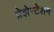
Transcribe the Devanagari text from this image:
प्रेझेन्टेशन